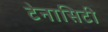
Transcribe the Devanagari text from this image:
टेनासिटी